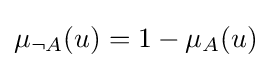
\mu _{\lnot {A}}(u)=1-\mu _{A}(u)